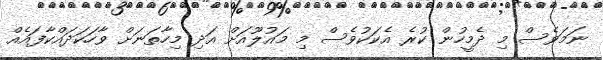
ނަމަވެސް މި ދެމީހުން ކުރެ އެކަކުވެސް މި މައުލޫއަށް އަދި މިހާތަނަށް ވާހަކަދައްކާފައެއް